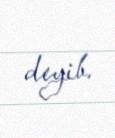
deyib.